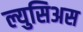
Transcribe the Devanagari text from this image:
ल्युसिअस